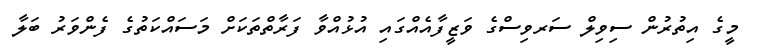
މީގެ އިތުރުން ސިވިލް ސަރވިސްގެ ވަޒީފާއެއްގައި އުޅުއްވާ ފަރާތްތަކަށް މަސައްކަތުގެ ފެންވަރު ބަލާ